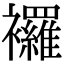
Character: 𧟌